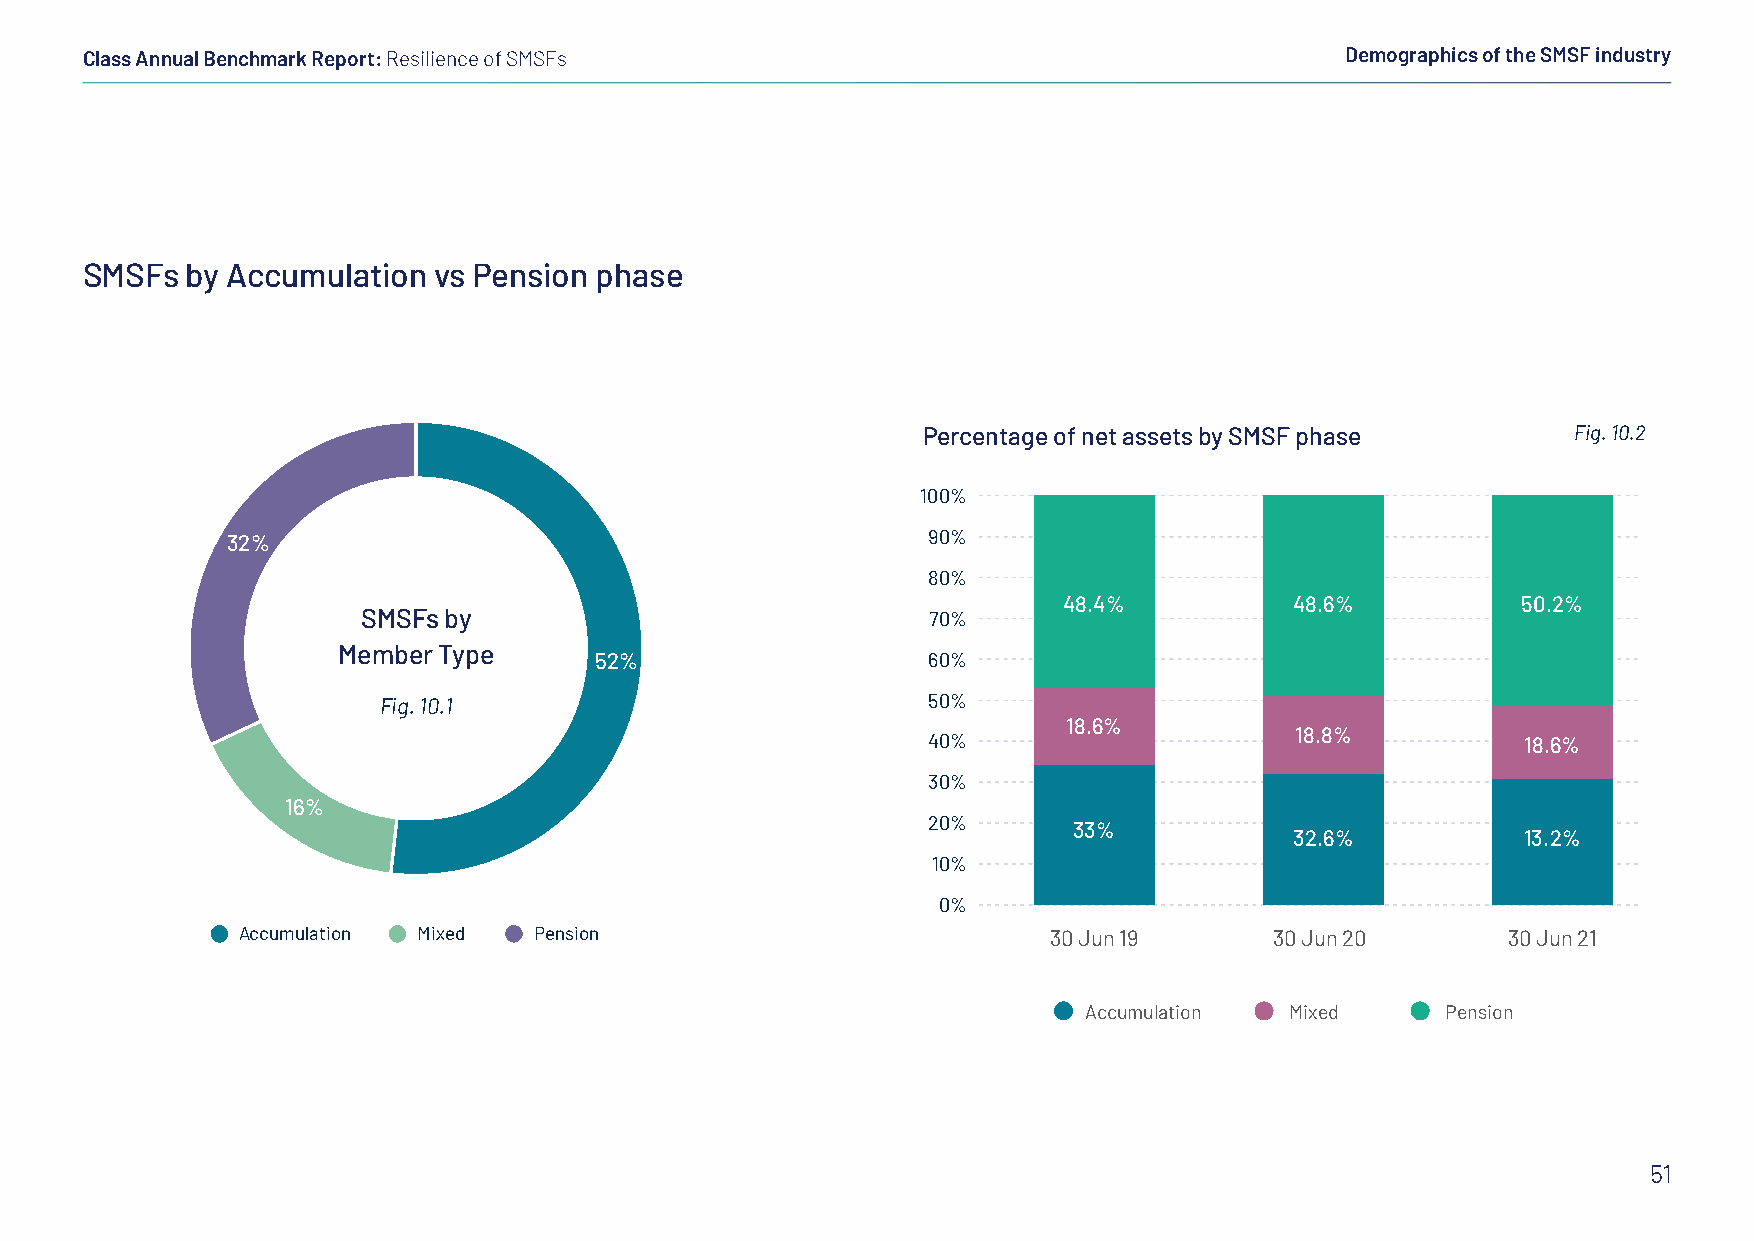
Class Annual Benchmark Report: Resilience of SMSFs                                  Demographics of the SMSF industry
 SMSFs  by Accumulation  vs Pension phase
 Percentage of net assets by SMSF phase     Fig. 10.2
 100%
 32%                                           90%
 80%
 48.4%           48.6%          50.2%
 SMSFs by                              70%
 Member Type
 52%                   60%
 Fig. 10.1                           50%
 18.6%
 18.8%
 40%                                     18.6%
 30%
 16%
 20%       33%
 32.6%          13.2%
 10%
 0%
 Accumulation Mixed Pension                            30 Jun 19     30 Jun 20       30 Jun 21
 Accumulation Mixed      Pension
 51